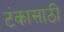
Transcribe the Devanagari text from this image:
टंकासाठी